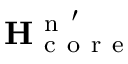
\mathbf { H } _ { \mathrm { ~ c ~ o ~ r ~ e ~ } } ^ { \mathrm { ~ n ~ } ^ { \prime } }